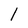
Character: 1